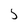
Character: 5